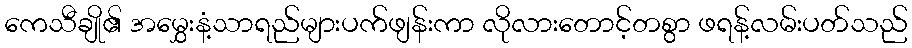
ကေသီချို၏ အမွှေးနံ့သာရည်များပက်ဖျန်းကာ လိုလားတောင့်တစွာ ဖရန့်လမ်းပတ်သည်